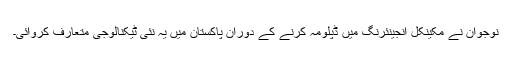
نوجوان نے مکینکل انجینئرنگ میں ڈپلومہ کرنے کے دوران پاکستان میں یہ نئی ٹیکنالوجی متعارف کروائی۔